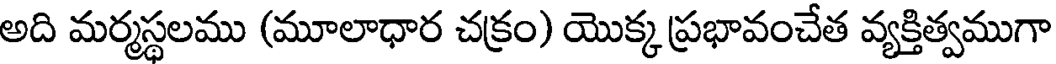
అది మర్మస్థలము (మూలాధార చక్రం) యొక్క ప్రభావంచేత వ్యక్తిత్వముగా